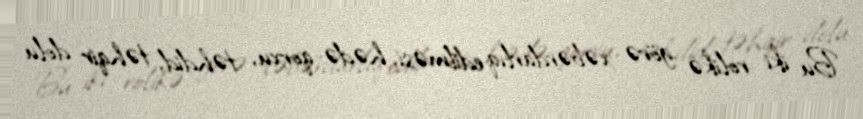
Bu iki rolikə görə xəbərdarlıq edilməsi, hədə-qorxu, təhdid, təhqir dolu